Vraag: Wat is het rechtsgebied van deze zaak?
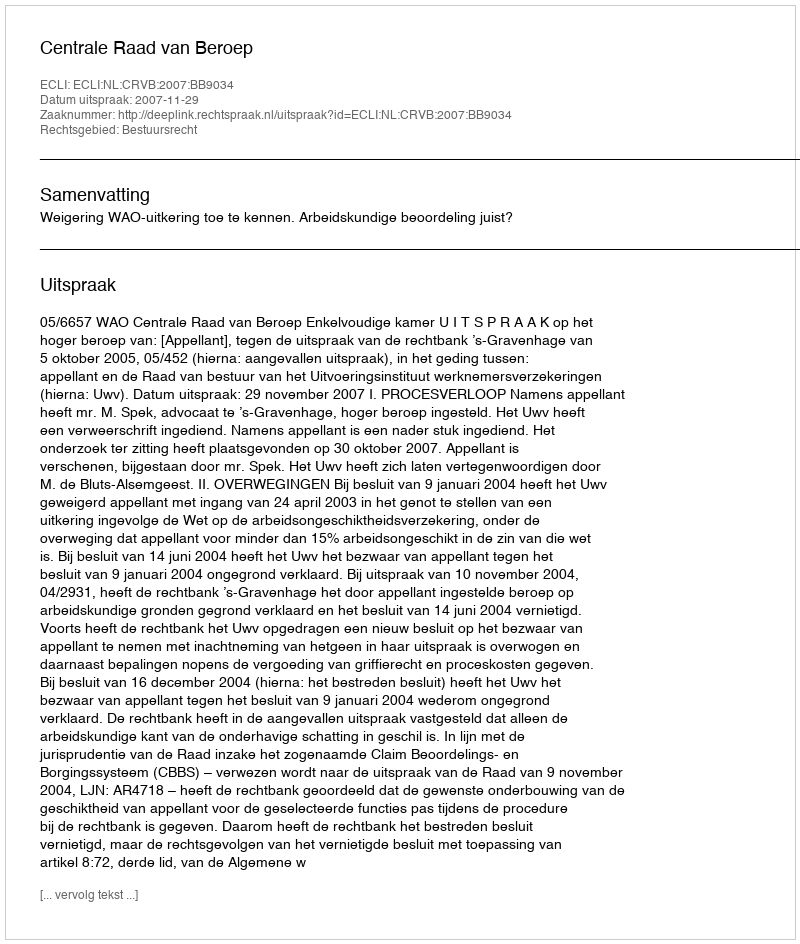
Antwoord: Bestuursrecht